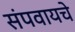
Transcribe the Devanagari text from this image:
संपवायचे